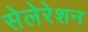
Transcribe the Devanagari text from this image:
सेलेरेशन